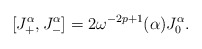
\begin{align*}[J_+^\alpha , J_-^\alpha] = 2\omega^{-2p+1}(\alpha)J_0^\alpha. \end{align*}